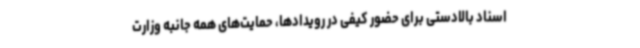
اسناد بالادستی برای حضور کیفی در رویدادها، حمایت‌های همه جانبه وزارت